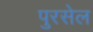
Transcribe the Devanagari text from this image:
पुरसेल